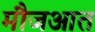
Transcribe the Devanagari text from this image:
मौजआत